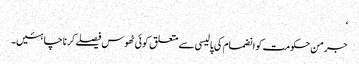
‘
جرمن حکومت کو انضمام کی پالیسی سے متعلق کوئی ٹھوس فیصلے کرنا چاہئیں۔